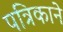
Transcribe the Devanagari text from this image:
पत्रिकाने